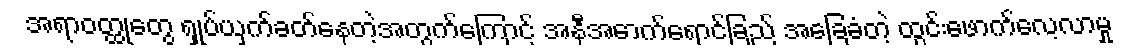
အရာဝတ္ထုတွေ ရှုပ်ယှက်ခတ်နေတဲ့အတွက်ကြောင့် အနီအောက်ရောင်ခြည် အခြေခံတဲ့ ထွင်းဖောက်လေ့လာမှု